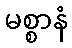
မစ္စာနံ